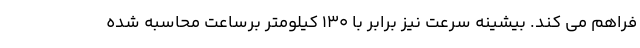
فراهم می کند. بیشینه سرعت نیز برابر با 130 کیلومتر برساعت محاسبه شده